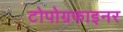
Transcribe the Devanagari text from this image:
टोपोग्रफाइनर